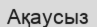
Ақаусыз